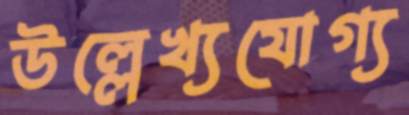
উল্লেখ্যযোগ্য